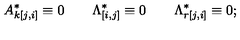
A _ { k [ j , i ] } ^ { * } \equiv 0 \qquad \Lambda _ { [ i , j ] } ^ { * } \equiv 0 \qquad \Lambda _ { r [ j , i ] } ^ { * } \equiv 0 ;